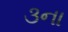
૩ના